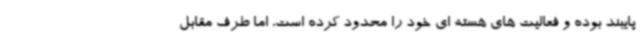
پایبند بوده و فعالیت های هسته ای خود را محدود کرده است، اما طرف مقابل